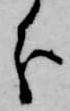
分